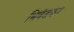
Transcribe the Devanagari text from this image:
भिवंडकर